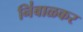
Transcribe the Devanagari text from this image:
नि॑बाळकर